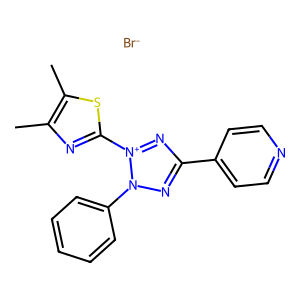
SMILES: Cc1nc(-[n+]2nc(-c3ccncc3)nn2-c2ccccc2)sc1C.[Br-]
Inhibits HIV replication: No